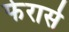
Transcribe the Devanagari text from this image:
फेरार्स